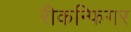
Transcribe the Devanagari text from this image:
रीकन्फिगर